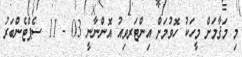
މި މަޤާމަށް މީހަކު ހޮވުމަށް އިންޓަރވިއު އޮންނާނީ 03 - 11 ސެޕްޓެންބަރު